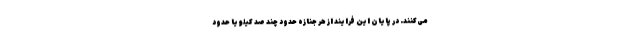
می‌کنند. در پایان این فرایند از هر جنازه حدود چند صد کیلو یا حدود